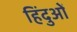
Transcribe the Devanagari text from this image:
हिंदुओें